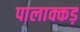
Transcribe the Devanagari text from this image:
पालाक्कड़